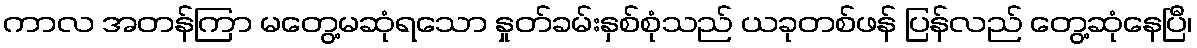
ကာလ အတန်ကြာ မတွေ့မဆုံရသော နှုတ်ခမ်းနှစ်စုံသည် ယခုတစ်ဖန် ပြန်လည် တွေ့ဆုံနေပြီ၊